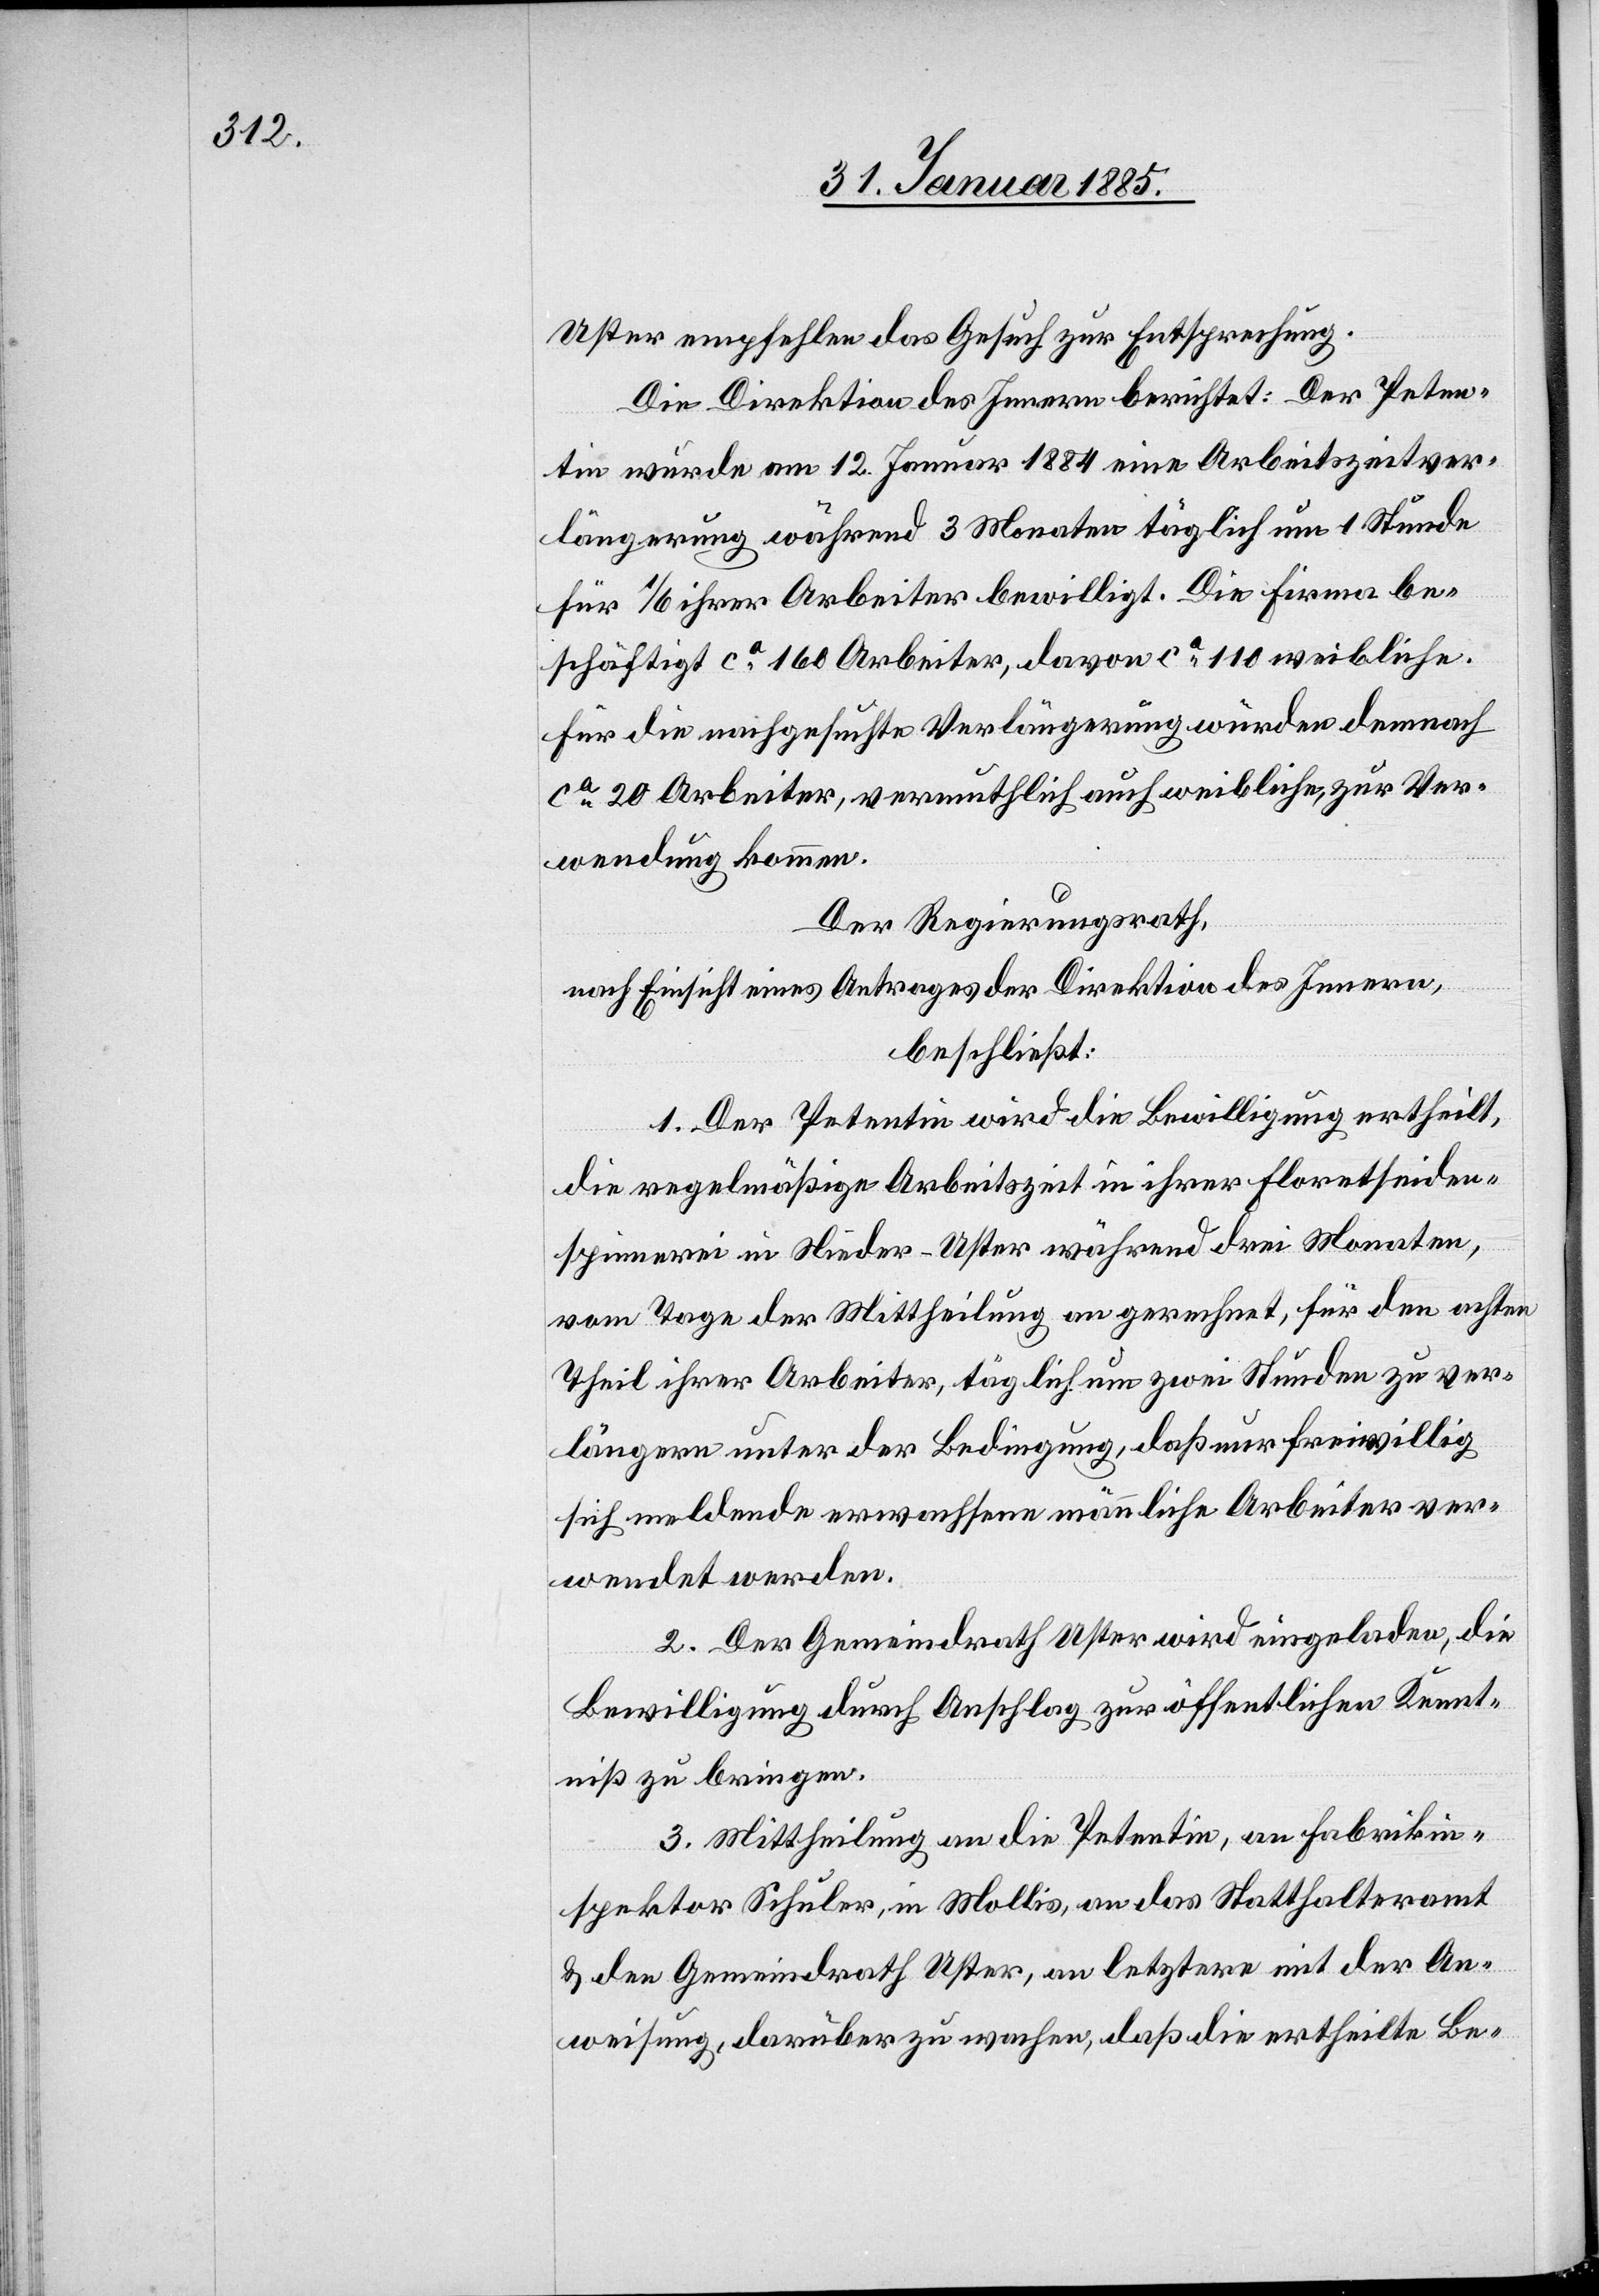
Uster empfehlen das Gesuch zur Entsprechung.
Die Direktion des Innern berichtet: Der Peten¬
tin wurde am 12. Januar 1884 eine Arbeitszeitver¬
längerung während 3 Monaten täglich um 1 Stunde
für 1/6 ihrer Arbeiter bewilligt. Die Firma be¬
schäftigt ca 160 Arbeiter, davon ca 110 weibliche.
Für die nachgesuchte Verlängerung würden demnach
ca 20 Arbeiter, vermutlich auch weibliche, zur Ver¬
wendung kommen.
Der Regierungsrath,
nach Einsicht eines Antrages der Direktion des Innern,
beschließt:
1. Der Petentin wird die Bewilligung ertheilt,
die regelmäßige Arbeitszeit in ihrer Floretseiden¬
spinnerei in Nieder-Uster während drei Monaten,
vom Tage der Mittheilung an gerechnet, für den achten
Theil ihrer Arbeiter, täglich um zwei Stunden zu ver¬
längern unter der Bedingung, das nur freiwillig
sich meldende erwachsene männliche Arbeiter ver¬
wendet werden.
2. Der Gemeindrath Uster wird eingeladen, die
Bewilligung durch Anschlag zur öffentlichen Kennt¬
niß zu bringen.
3. Mittheilung an die Petentin, an Fabrikin¬
spektor Schuler, in Mollis, an das Statthalteramt
& den Gemeindrath Uster, an letztern mit der An¬
weisung, darüber zu wachen, daß die ertheilte Be-